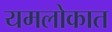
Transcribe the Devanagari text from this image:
यमलोकात